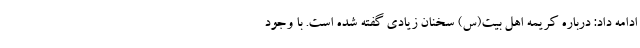
ادامه داد: درباره کریمه اهل بیت(س) سخنان زیادی گفته شده است‌. با وجود